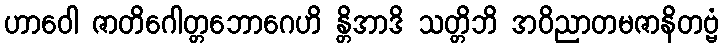
ဟာဝေါ ဇာတိဂေါတ္တဘောဂေဟိ န္တိအာဒိ သတ္တိဘိ အဝိညာတမဇာနိတဗ္ဗံ